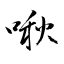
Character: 啾